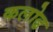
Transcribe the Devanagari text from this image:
कलोढ